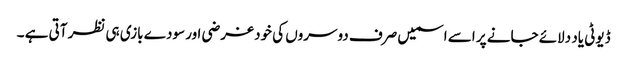
ڈیوٹی یاد دلائے جانے پر اسے اسمیں صرف دوسروں کی خودغرضی اور سودے بازی ہی نظر آتی ہے ۔